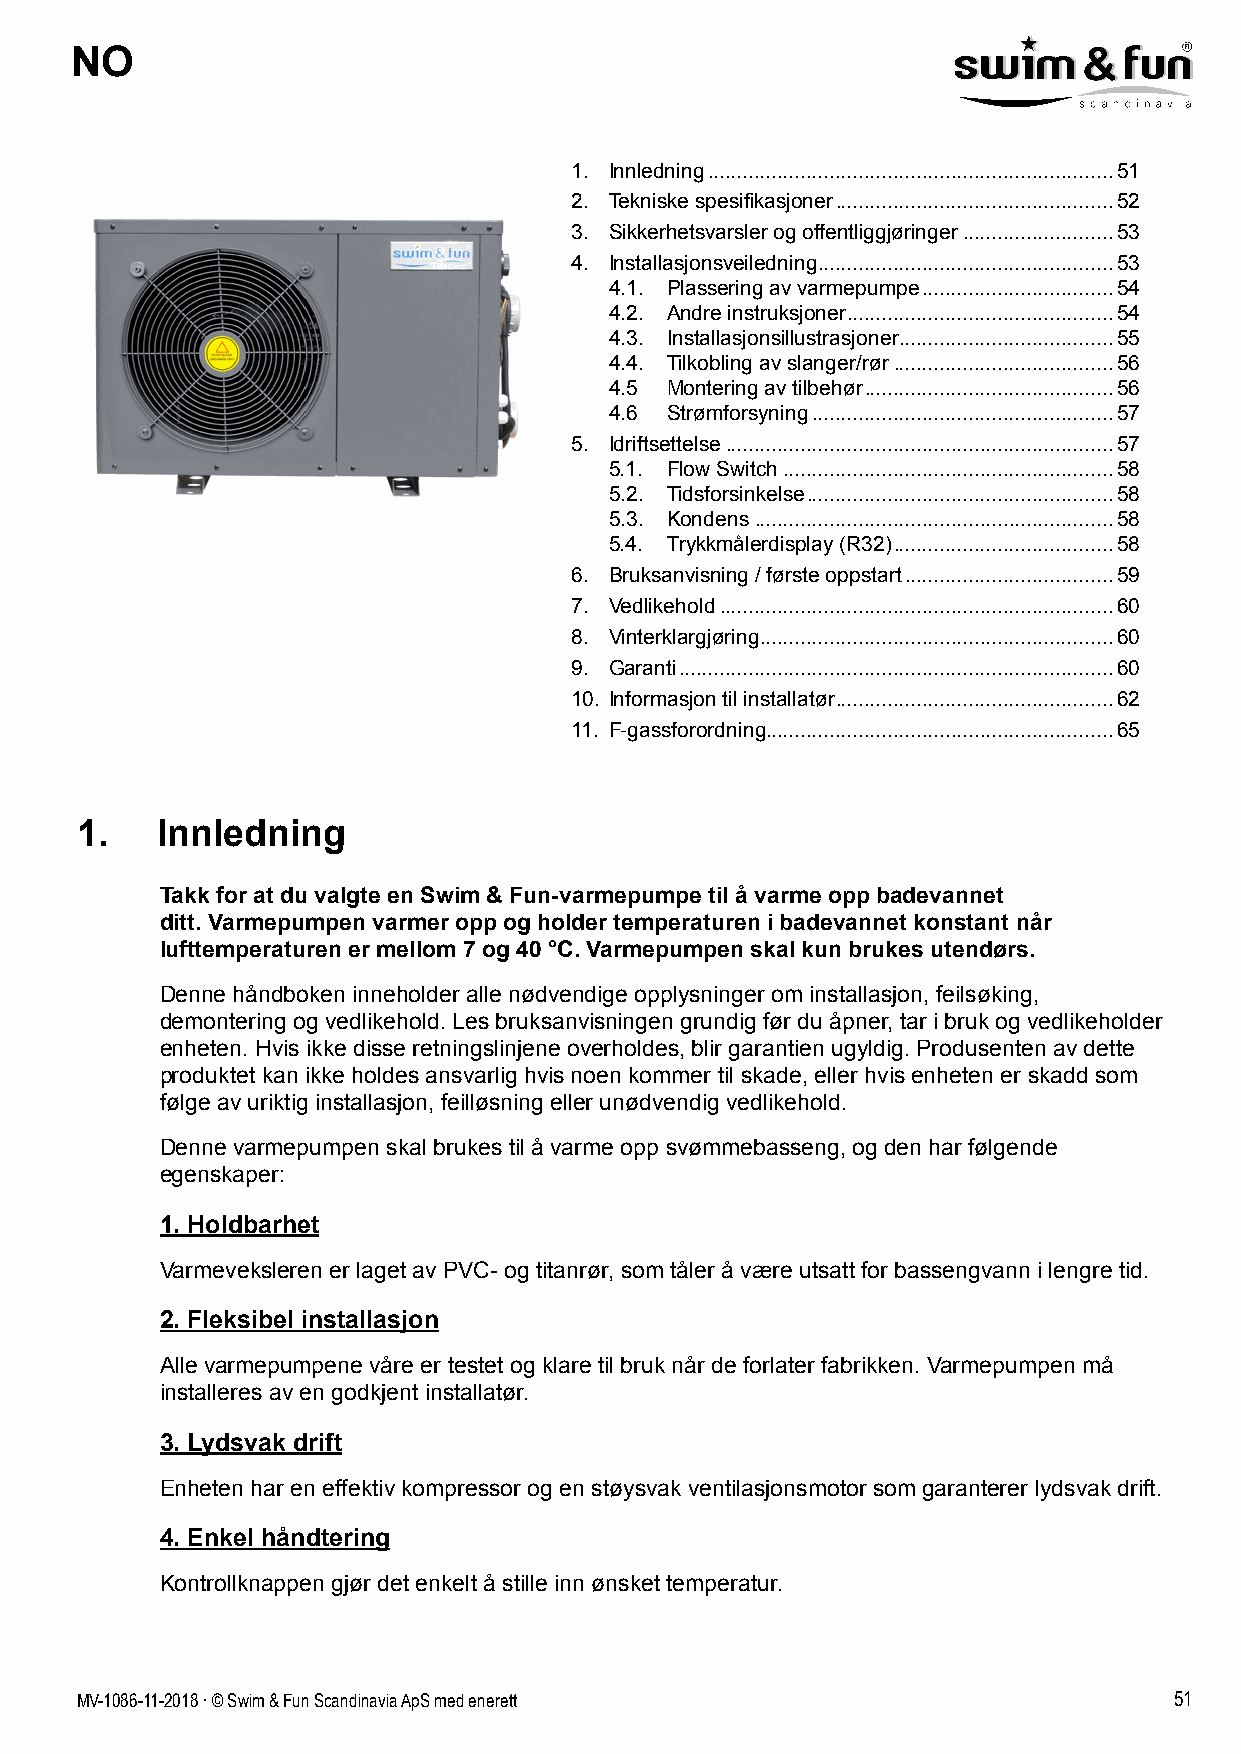
NO
 1. Innledning ......................................................................51
 2. Tekniske spesifikasjoner ................................................52
 3. Sikkerhetsvarsler og offentliggjøringer ..........................53
 4. Installasjonsveiledning ...................................................53
 4.1. Plassering av varmepumpe .................................54
 4.2. Andre instruksjoner ..............................................54
 4.3. Installasjonsillustrasjoner .....................................55
 4.4. Tilkobling av slanger/rør ......................................56
 4.5 Montering av tilbehør ...........................................56
 4.6 Strømforsyning ....................................................57
 5. Idriftsettelse ...................................................................57
 5.1. Flow Switch .........................................................58
 5.2. Tidsforsinkelse .....................................................58
 5.3. Kondens ..............................................................58
 5.4. Trykkmålerdisplay (R32) ......................................58
 6. Bruksanvisning / første oppstart ....................................59
 7. Vedlikehold ....................................................................60
 8. Vinterklargjøring .............................................................60
 9. Garanti ...........................................................................60
 10. Informasjon til installatør ................................................62
 11. F-gassforordning............................................................65
 1.   Innledning
 Takk for at du valgte en Swim & Fun-varmepumpe til å varme opp badevannet
 ditt. Varmepumpen varmer opp og holder temperaturen i badevannet konstant når
 lufttemperaturen er mellom 7 og 40 °C. Varmepumpen skal kun brukes utendørs.
 Denne håndboken inneholder alle nødvendige opplysninger om installasjon, feilsøking,
 demontering og vedlikehold. Les bruksanvisningen grundig før du åpner, tar i bruk og vedlikeholder
 enheten. Hvis ikke disse retningslinjene overholdes, blir garantien ugyldig. Produsenten av dette
 produktet kan ikke holdes ansvarlig hvis noen kommer til skade, eller hvis enheten er skadd som
 følge av uriktig installasjon, feilløsning eller unødvendig vedlikehold.
 Denne varmepumpen skal brukes til å varme opp svømmebasseng, og den har følgende
 egenskaper:
 1. Holdbarhet
 Varmeveksleren er laget av PVC- og titanrør, som tåler å være utsatt for bassengvann i lengre tid.
 2. Fleksibel installasjon
 Alle varmepumpene våre er testet og klare til bruk når de forlater fabrikken. Varmepumpen må
 installeres av en godkjent installatør.
 3. Lydsvak drift
 Enheten har en effektiv kompressor og en støysvak ventilasjonsmotor som garanterer lydsvak drift.
 4. Enkel håndtering
 Kontrollknappen gjør det enkelt å stille inn ønsket temperatur.
 MV-1086-11-2018 . © Swim & Fun Scandinavia ApS med enerett               51